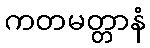
ကတမတ္တာနံ